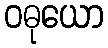
ဝဓုယော